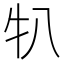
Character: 𬌙